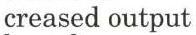
creased output